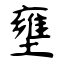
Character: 壅